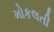
મોકલતી